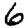
Digit: 6